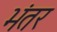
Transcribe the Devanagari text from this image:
भंतर